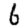
Digit: 6